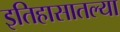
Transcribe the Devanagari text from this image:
इतिहासातल्या